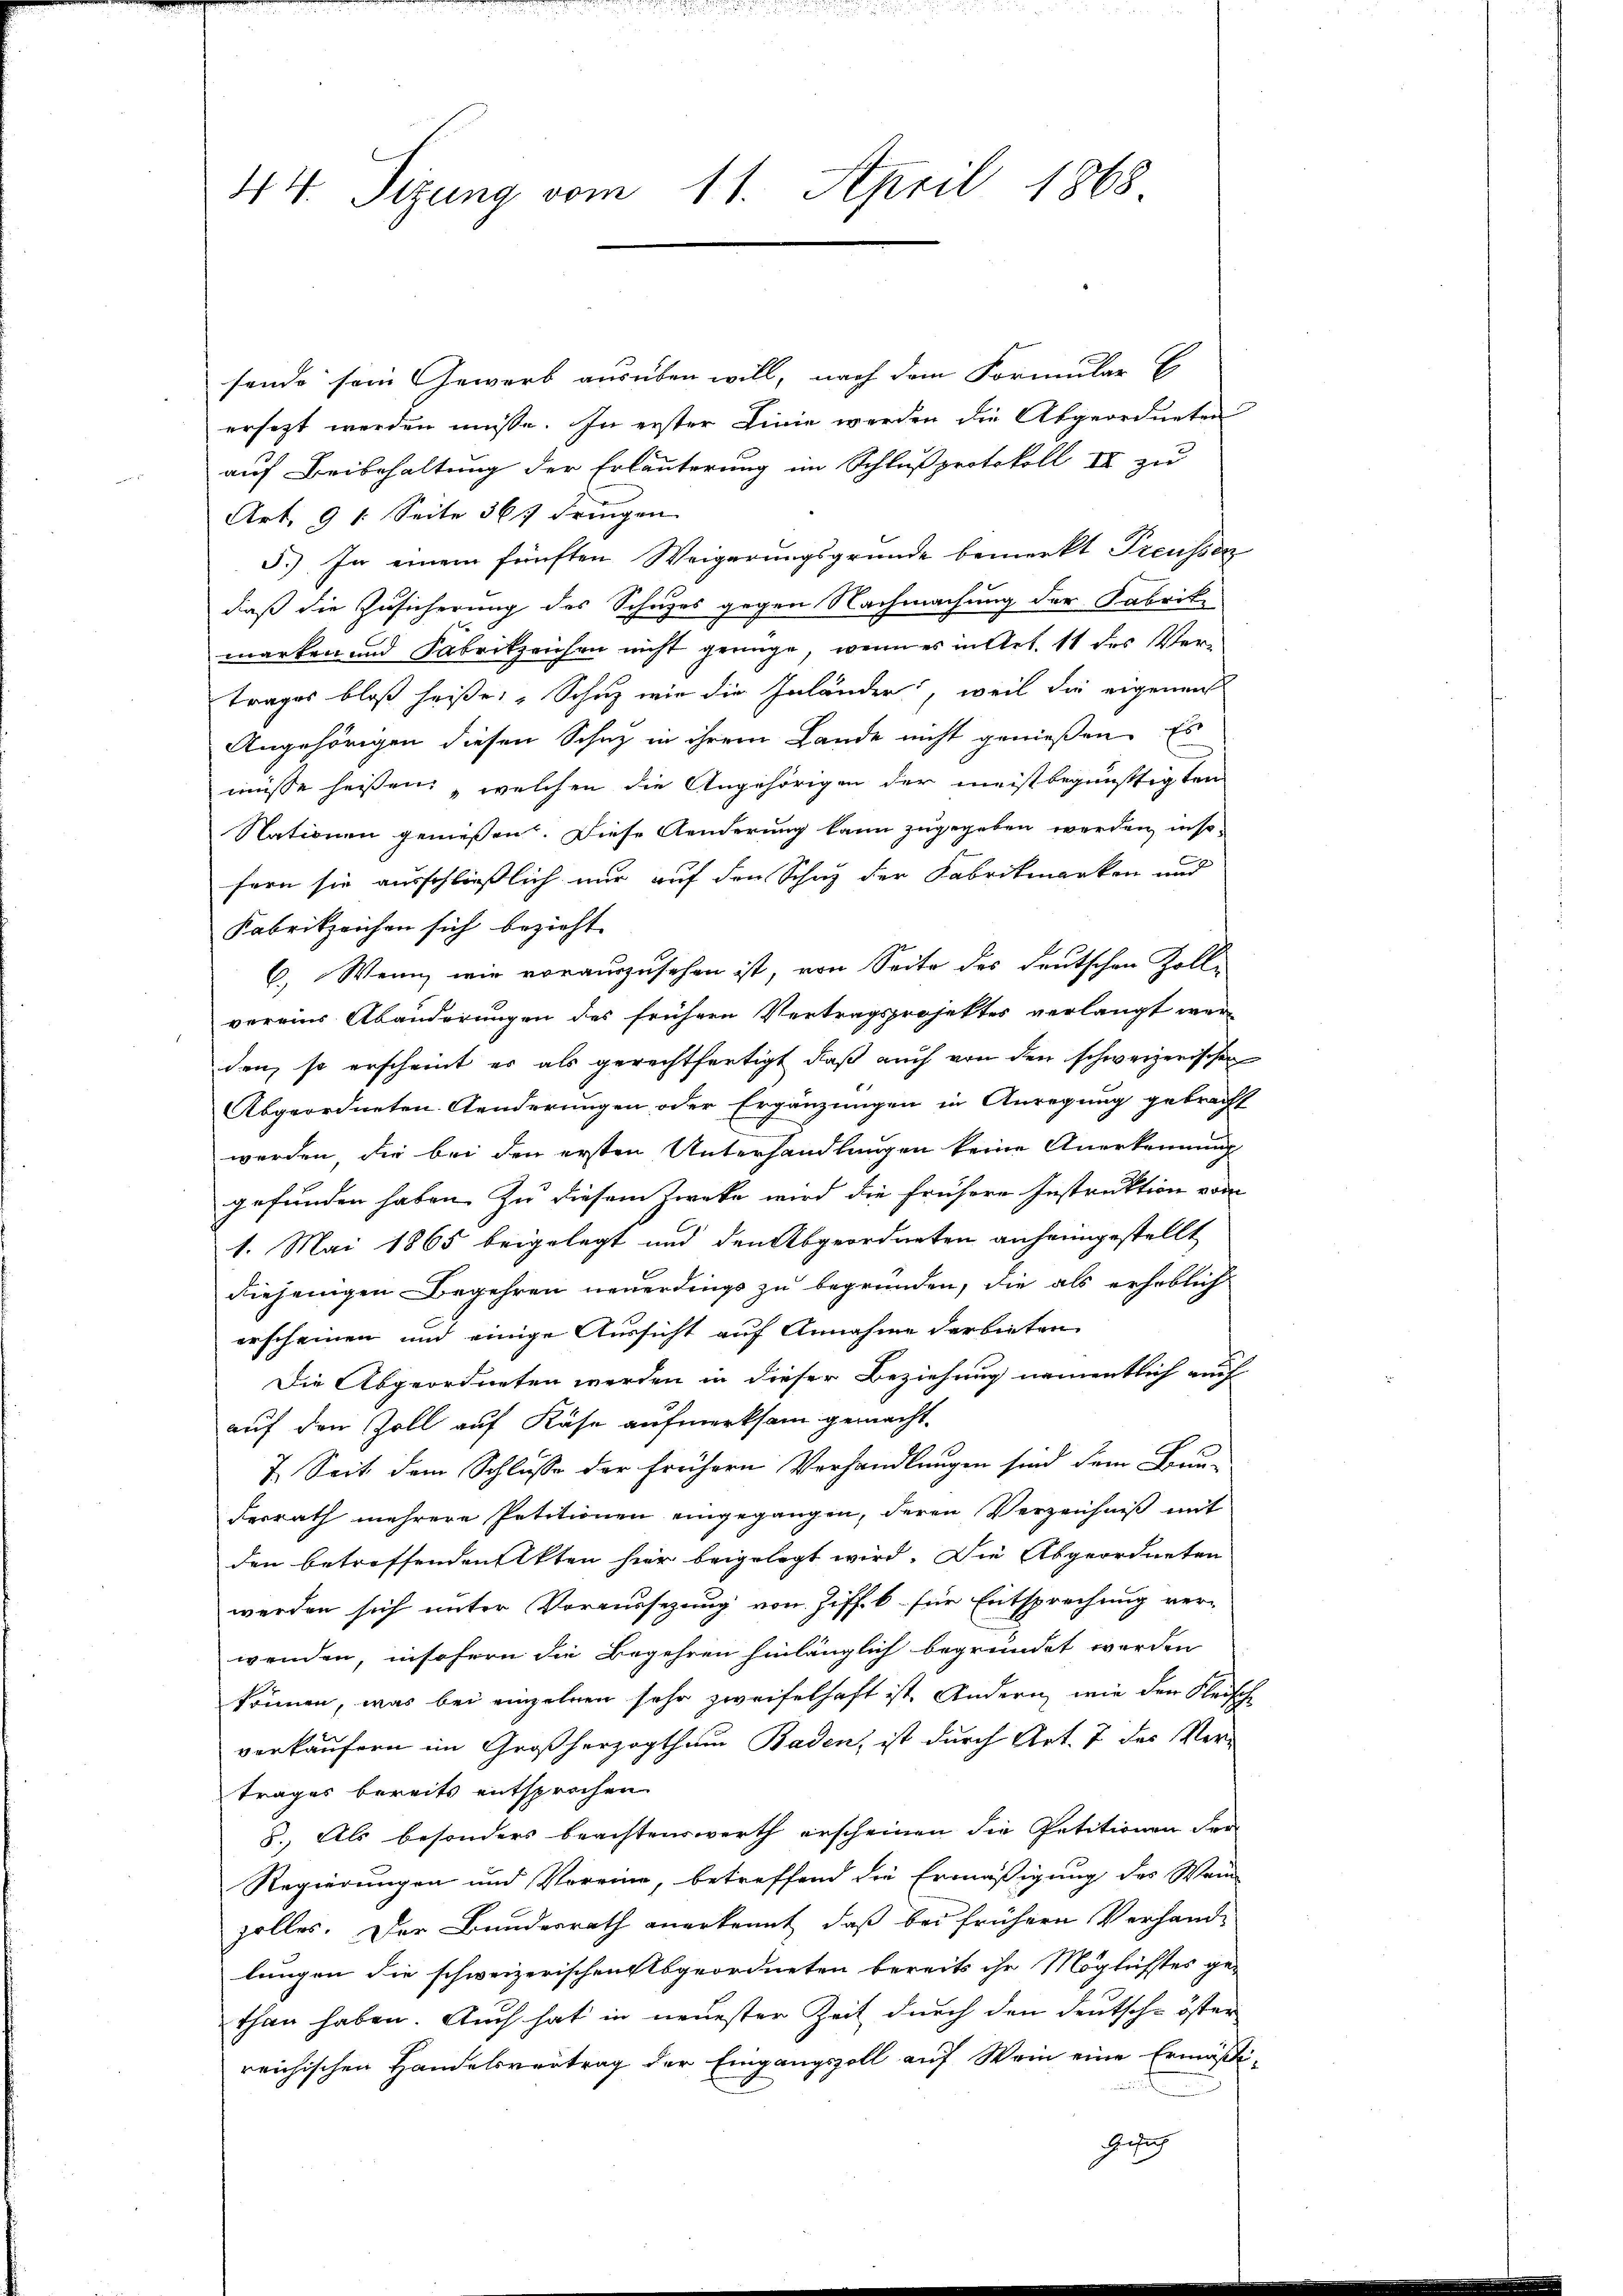
44. Sizung vom 11. April 1868

sende sein Gewerb ausüben will, nach dem Formular E
ersezt werden müsse. In erster Linie werden die Abgeordneten
auf Beibehaltung der Erläuterung im Schlußprotokoll III zu
Art. 91. Seite 367 bringen
5.) In einem fünften Weigerungsgründe bemerkt Preusser
daß die Zusicherung des Schuzes gegen Nachmachung der Fabrik
marken und Fabrikzeichen nicht genüge, wenn es in Art. 11 des Vertrages bloß heiße: „Schuz wir die Inländer, weil die eigenen
Angehörigen diesen Schaz in ihrem Lande nicht genießen. Es
müsse heißen, welchen die Angehörigen der meistbegünstigten
Nationen geniessen. Diese Aenderung kann zugegeben werden, inso-
fern sie ausschließlich nur auf den Schuz der Fabritmarken und
Kabrikzeichen sich bezieht.
C. Wenn wir vorauszusehen ist, von Seite des deutschen Zoll-
vereins Abänderungen des frühern Vertragsprojektes verlangt wer
den, so erscheint er als gerechtfertigt, daß auch von den schweizerischen
Abgeordneten Aenderungen oder Ergänzungen in Anregung gebracht
werden, die bei den ersten Unterhandlungen keine Anerkennung
gefunden haben. Zu diesem Zwecke wird die frühere Instruktion vom
1. Mai 1865 beigelegt und den Abgeordneten anheimgestellt
diejenigen Begehren neuerdings zu begründen, die als erheblich
erscheinen und einige Aussicht auf Annahme darbieten
Die Abgeordneten werden in dieser Beziehung namentlich auf
auf den Zoll auf Käse aufmerksam gemacht.
7. Seit dem Schlusse der frühern Verhandlungen sind dem Bun-
derrath mehrere Petitionen eingegangen, deren Verzeichniß mit
den betreffenden Akten hier beigelegt wird. Die Abgeordneten
werden sich unter Voraussezung von Ziffek für Entsprechung verwenden, insofern die Begehren hinlänglich begründet werden
können, was bei einzelnen sehr zweifelhaft ist. Andern, wie den Fleische
verkäufern im Großherzogthum Baden, ist durch Art. 7 des Vertrages bereits entsprochen
5. Als besonders beachtenswerth erscheinen die Petitionen der
Regierungen und Voreine, betreffend die Ermäßigung des Wein
zolles. Der Bundesrath anerkennt, daß bei frühern Verhandlungen die schweizerischen Abgeordneten bereits ihr Möglichstes ge-
than haben. Auch hat in neuester Zeit durch den deutsche öster
reichischen Handelsvertrag der Eingangszoll auf Wein eine Ermäßi-
chsich